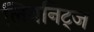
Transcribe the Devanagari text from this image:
लिबनिट्ज